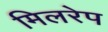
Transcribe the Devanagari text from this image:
मिलरेप